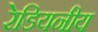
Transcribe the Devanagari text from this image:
रेडियनीय